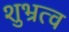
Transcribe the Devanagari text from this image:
शुभ्रत्व